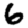
Digit: 6